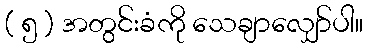
( ၅ ) အတွင်းခံကို သေချာလျှော်ပါ။